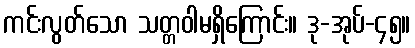
ကင်းလွတ်သော သတ္တဝါမရှိကြောင်း။ ဒု-အုပ်-၄၅။